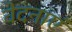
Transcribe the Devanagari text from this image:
वेदनाएं